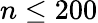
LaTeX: n\leq 200